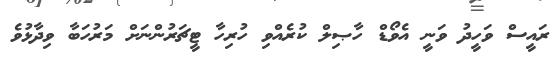
ރައީސް ވަހީދު ވަނީ އެވޯޑް ހާޞިލް ކުރެއްވި ހުރިހާ ޓީޗަރުންނަށް މަރުހަބާ ވިދާޅުވެ